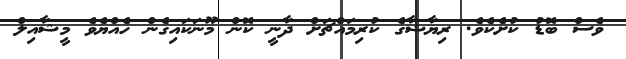
ވެސް ބޮޑު ކުށެކެވެ. ރިޔާޝާގެ ކުރިމައްޗަށް ދާނީ ކޮން މޫނަކައިގެން ހެއްޔެވެ މީޝާއިލް